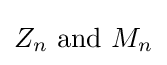
Z_{n}{\text{ and }}M_{n}